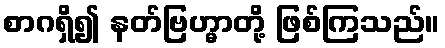
စာဂရှိ၍ နတ်ဗြဟ္မာတို့ ဖြစ်ကြသည်။